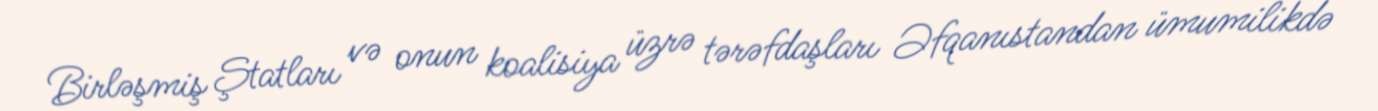
Birləşmiş Ştatları və onun koalisiya üzrə tərəfdaşları Əfqanıstandan ümumilikdə